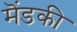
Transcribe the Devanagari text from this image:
मॆंडकी